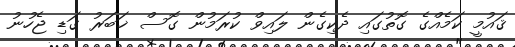
ޤައުމީ ކަމެއްގެ ގޮތުގައި ދެކިގެން ލައިވް ކުރަމުން ގޮސް ޚަބަރު ގަޑި ޖެހުނު